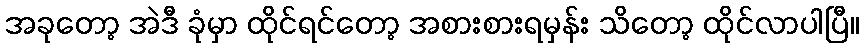
အခုတော့ အဲဒီ ခုံမှာ ထိုင်ရင်တော့ အစားစားရမှန်း သိတော့ ထိုင်လာပါပြီ။